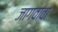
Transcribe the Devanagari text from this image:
जागवावा